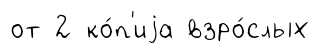
от 2 ко́п'иjа взро́слых